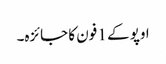
اوپو کے 1 فون کا جائزہ۔